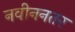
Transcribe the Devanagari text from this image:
नवीननतर